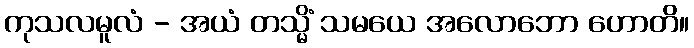
ကုသလမူလံ - အယံ တသ္မိံ သမယေ အလောဘော ဟောတိ။